Epidemic dropsy in Calcutta - Number 49
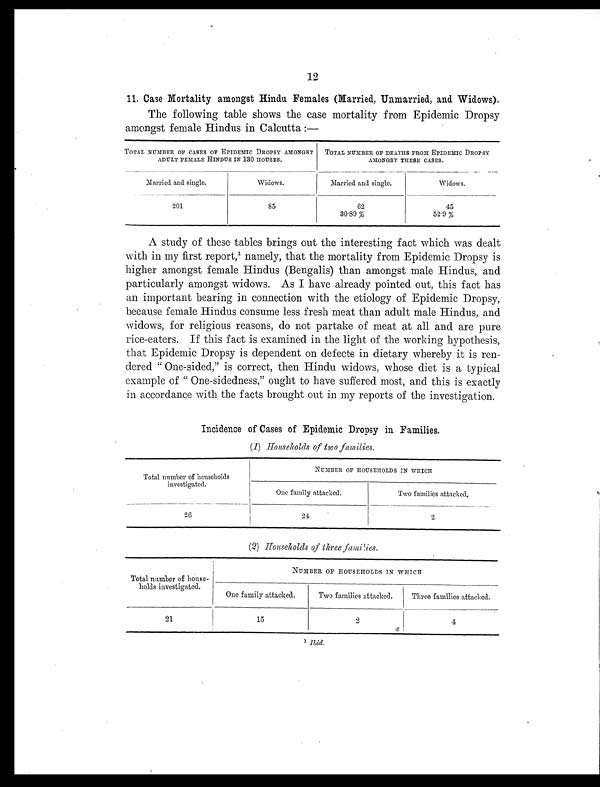
12
11. Case Mortality amongst Hindu Females (Married, Unmarried, and Widows).
The following table shows the case mortality from Epidemic Dropsy
amongst female Hindus in Calcutta
TOTAL NUMBER OF CASES OF EPIDEMIC DROPSY AMONGST
ADULT FEMALE HINDUS IN 130 HOUSES.
TOTAL NUMBER OF DEATHS FROM EPIDEMIC DROPSY
AMONGST THESE CASES.
Married and single.
Widows.
Married and single.
Widows.
201
8 5
62
30.89 %
45
52.9 %
A study of these tables brings out the interesting fact which was dealt
wi t h i n my fi rst report , ¹ namel y, t hat t he mort al i t y from Epi demi c Dropsy i s
higher amongst female Hindus (Bengalis) than amongst male Hindus, and
particularly amongst widows. As I have already pointed out, this fact has
an important bearing in connection with the etiology of Epidemic Dropsy,
because female Hindus consume less fresh meat than adult male Hindus, and
widows, for religious reasons, do not partake of meat at all and are pure
rice-eaters. If this fact is examined in the light of the working hypothesis,
that Epidemic Dropsy is dependent on defects in dietary whereby it is ren-
dered " One-sided," is correct, then Hindu widows, whose diet is a typical
example of " One-sidedness," ought to have suffered most, and this is exactly
in accordance with the facts brought out in my reports of the investigation.
Incidence of Cases of Epidemic Dropsy in Families.
(1) Households of two families.
Total number of households
investigated.
NUMBER OF HOUSEHOLDS IN WHICH
One family attacked.
Two families attacked.
26
24
2
(
2
)
H o u s e h o l d s o f t h r e e f a m i l i e s .
Total number of house-
holds investigated.
NUMBER OF HOUSEHOLDS IN WHICH
One family attacked.
Two families attacked.
Three families attacked.
21
15
2
4
1 l b i d .